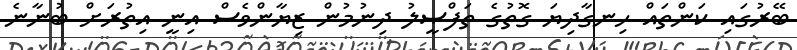
ބޭރުގައި ކަންތައް ހިނގާދިޔަ ގޮތުގެ ތަފްޞީލު ދިނުމުން ޒިޔާންވެސް އިނީ އިތުރަށް ބުނާނެ